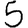
Digit: 5